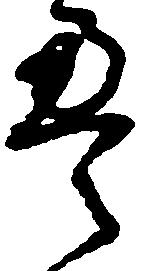
畳